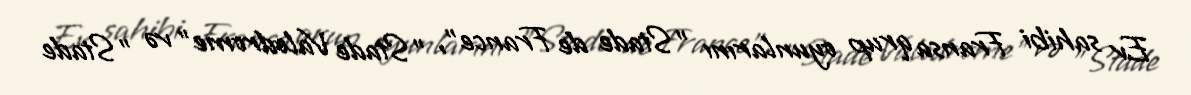
Ev sahibi Fransa qrup oyunlarını "Stade de France", "Stade Valodrome" və "Stade